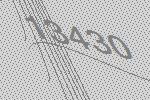
13430